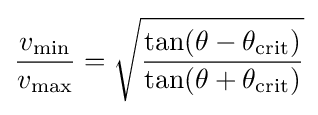
{\frac {v_{\mathrm {min} }}{v_{\mathrm {max} }}}={\sqrt {\frac {\tan(\theta -\theta _{\mathrm {crit} })}{\tan(\theta +\theta _{\mathrm {crit} })}}}